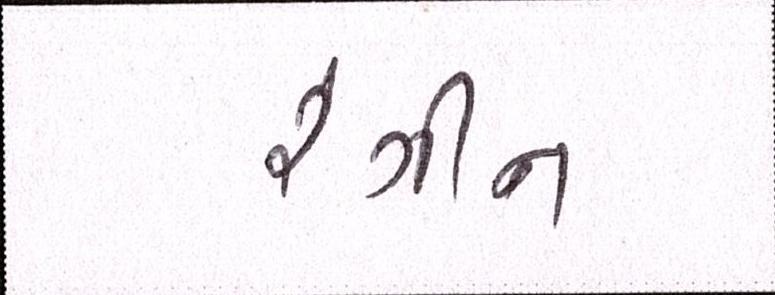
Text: રંગીન